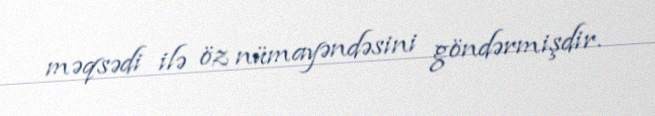
məqsədi ilə öz nümayəndəsini göndərmişdir.